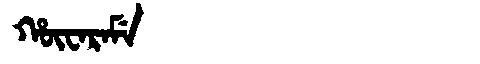
Manchu: ᡥᡡᠸᠠᡵᠠᠮᡝ
Romanization: HŪWARAME